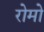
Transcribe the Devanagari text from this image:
रोमो